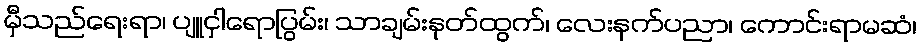
မှီသည်ရေးရာ၊ ပျူငှါရောပြွမ်း၊ သာချမ်းနုတ်ထွက်၊ လေးနက်ပညာ၊ ကောင်းရာမဆံ၊